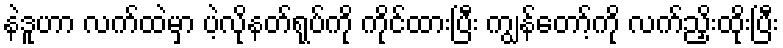
နဲဒူဟာ လက်ထဲမှာ ပဲ့လိုနတ်ရုပ်ကို ကိုင်ထားပြီး ကျွန်တော့်ကို လက်ညှိးထိုးပြီး